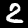
Label: 2